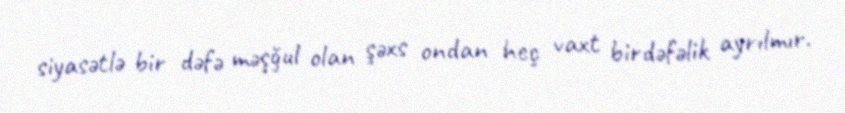
siyasətlə bir dəfə məşğul olan şəxs ondan heç vaxt birdəfəlik ayrılmır.